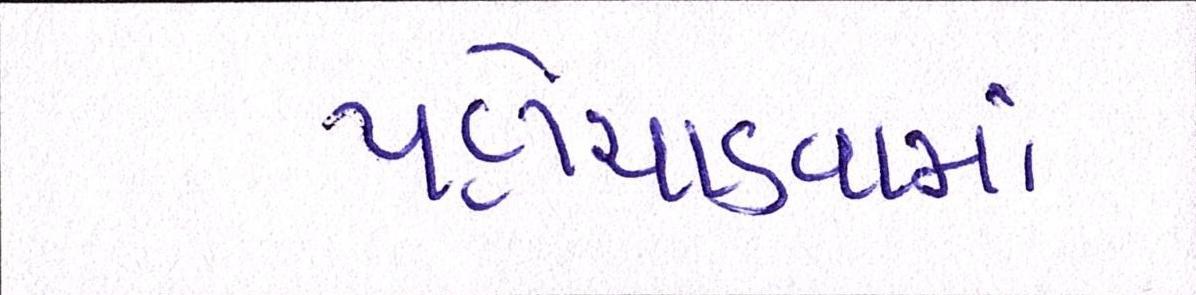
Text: પહોંચાડવામાં